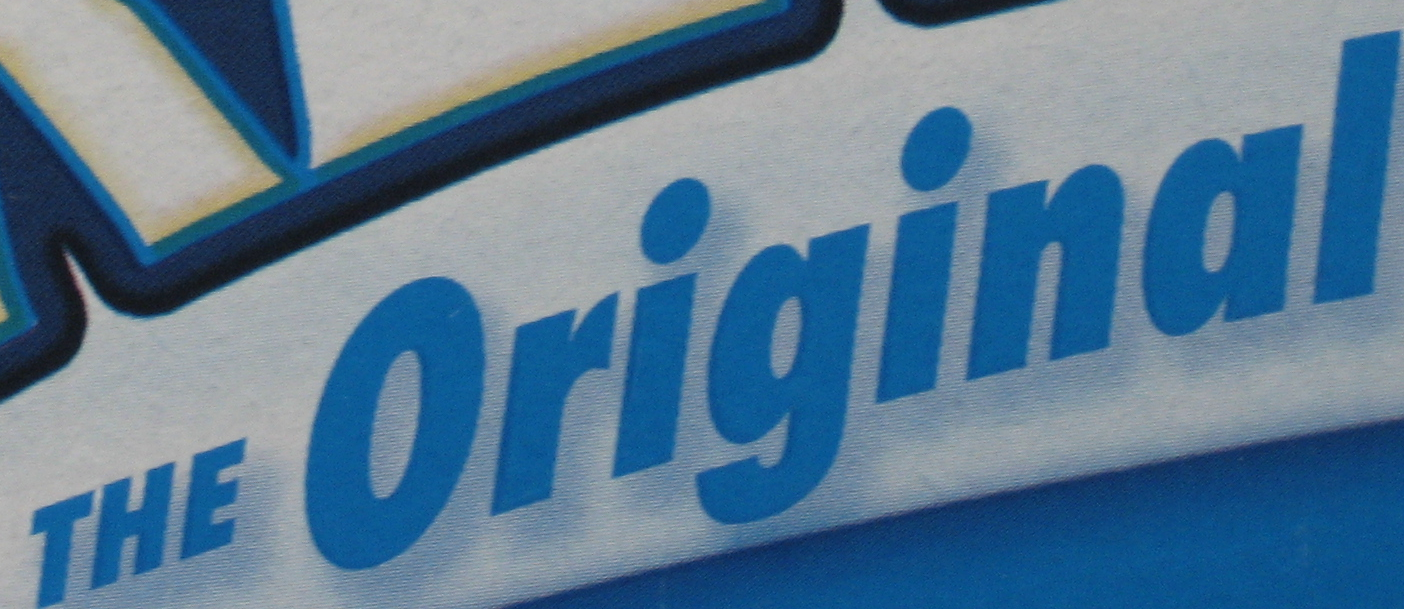
THE Original